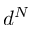
d ^ { N }